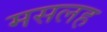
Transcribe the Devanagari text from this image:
मसलह